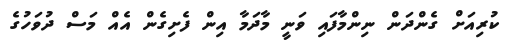
ކުރިއަށް ގެންދަން ނިންމާފައި ވަނީ މާދަމާ އިން ފެށިގެން އެއް މަސް ދުވަހުގެ